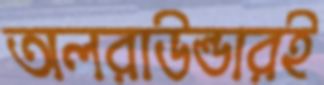
অলরাউন্ডারই